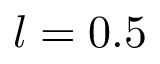
l = 0 . 5